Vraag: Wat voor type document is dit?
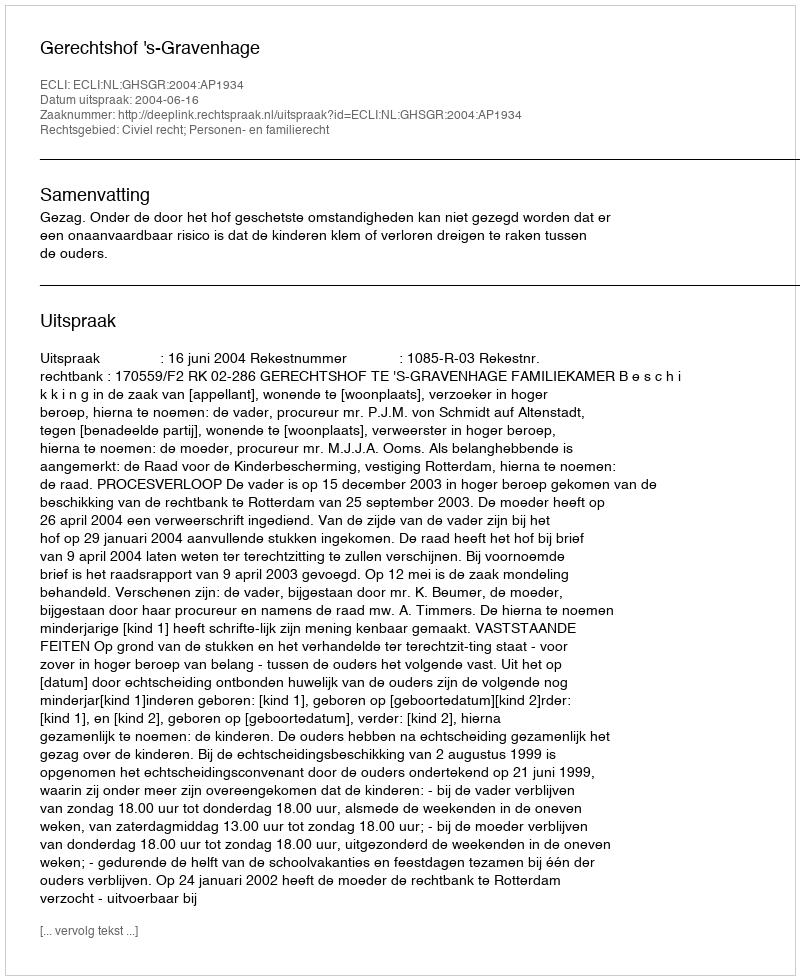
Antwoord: Uitspraak